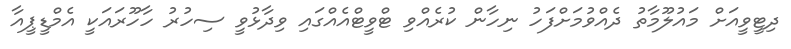
ދިޓީވީއަށް މައުލޫމާތު ދެއްވުމަށްފަހު ނިހާން ކުރެއްވި ޓްވީޓްއެއްގައި ވިދާޅުވީ ސިހުރު ހާހޫރައަކީ އެމްޑީޕީއާ